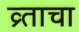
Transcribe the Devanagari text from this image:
व्र्ताचा